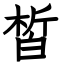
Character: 皙